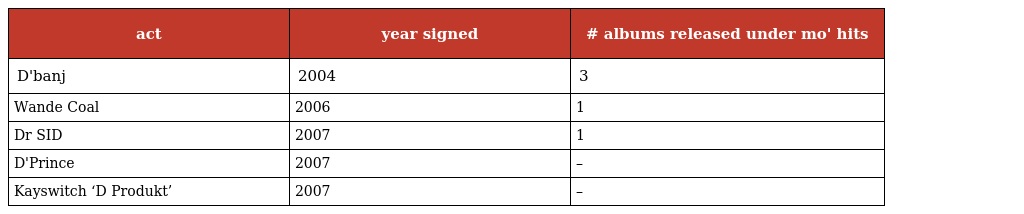
| act | year signed | # albums released under mo' hits |
 | --- | --- | --- |
 | D'banj | 2004 | 3 |
 | Wande Coal | 2006 | 1 |
 | Dr SID | 2007 | 1 |
 | D'Prince | 2007 | – |
 | Kayswitch ‘D Produkt’ | 2007 | – |